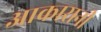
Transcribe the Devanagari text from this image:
आकारानी